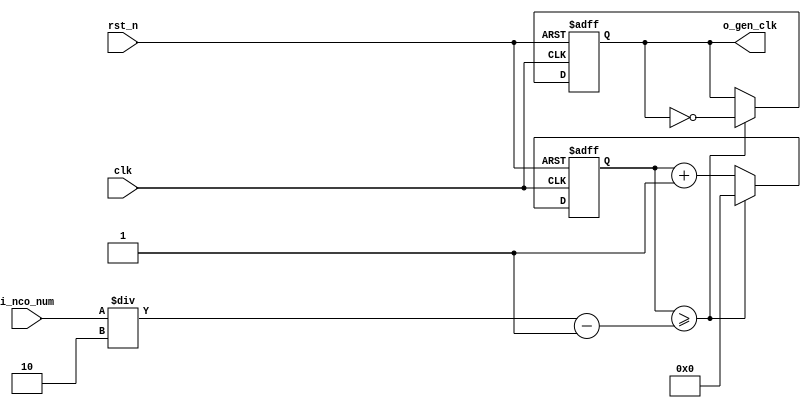
//	==================================================
//	Copyright (c) 2019 Sookmyung Women's University.
//	--------------------------------------------------
//	DEPARTMENT		: EE
//	--------------------------------------------------
//	RELEASE HISTORY
//	--------------------------------------------------
//	VERSION			DATE
//	0.0			2019-11-09
//	--------------------------------------------------
//	PURPOSE			: Digital Clock
//	==================================================

//	--------------------------------------------------
//	Numerical Controlled Oscillator
//	Hz of o_gen_clk = Clock Hz / num
//	--------------------------------------------------
module	nco(	
			o_gen_clk,
			i_nco_num,
			clk,
			rst_n);

output		o_gen_clk		;	// 1Hz CLK

input	[31:0]	i_nco_num	;
input			clk			;	// 50Mhz CLK
input			rst_n		;

reg		[31:0]	cnt			;
reg				o_gen_clk	;

always @(posedge clk or negedge rst_n) begin
	if(rst_n == 1'b0) begin
		cnt			<= 32'd0;
		o_gen_clk	<= 1'd0	;
	end else begin
		if(cnt >= i_nco_num/2-1) begin
			cnt 	<= 32'd0;
			o_gen_clk	<= ~o_gen_clk;
		end else begin
			cnt <= cnt + 1'b1;
		end
	end
end

endmodule

//	--------------------------------------------------
//	Flexible Numerical Display Decoder
//	--------------------------------------------------
module	fnd_dec(
				o_seg,
				i_num);

output	[6:0]	o_seg		;	// {o_seg_a, o_seg_b, ... , o_seg_g}

input	[3:0]	i_num		;
reg		[6:0]	o_seg		;
//making
always @(i_num) begin 
 	case(i_num) 
 		4'd0 : o_seg = 7'b111_1110	; 
 		4'd1 : o_seg = 7'b011_0000	; 
 		4'd2 : o_seg = 7'b110_1101	; 
 		4'd3 : o_seg = 7'b111_1001	; 
 		4'd4 : o_seg = 7'b011_0011	; 
 		4'd5 : o_seg = 7'b101_1011	; 
 		4'd6 : o_seg = 7'b101_1111	; 
 		4'd7 : o_seg = 7'b111_0000	; 
 		4'd8 : o_seg = 7'b111_1111	; 
 		4'd9 : o_seg = 7'b111_0011	; 
		default : o_seg = 7'b000_0000	; 
	endcase 
end


endmodule

//	--------------------------------------------------
//	0~59 --> 2 Separated Segments
//	--------------------------------------------------
module	double_fig_sep(
				o_left,
				o_right,
				i_double_fig);

output	[3:0]	o_left			;
output	[3:0]	o_right			;

input	[5:0]	i_double_fig	;

assign		o_left	= i_double_fig / 10		;
assign		o_right	= i_double_fig % 10		;

endmodule

//	--------------------------------------------------
//	0~59 --> 2 Separated Segments
//	--------------------------------------------------
module	led_disp(
				o_seg,
				o_seg_dp,
				o_seg_enb,
				i_six_digit_seg,
				i_six_dp,
				clk,
				rst_n);

output	[5:0]	o_seg_enb			;
output			o_seg_dp			;
output	[6:0]	o_seg				;

input	[41:0]	i_six_digit_seg		;
input	[5:0]	i_six_dp			;
input			clk					;
input			rst_n				;

wire			gen_clk				;

nco		u_nco(
		.o_gen_clk	( gen_clk	),
		.i_nco_num	( 32'd5000	),
		.clk		( clk		),
		.rst_n		( rst_n		));


reg		[3:0]	cnt_common_node		;

always @(posedge gen_clk or negedge rst_n) begin
	if(rst_n == 1'b0) begin
		cnt_common_node <= 4'd0;
	end else begin
		if(cnt_common_node >= 4'd5) begin
			cnt_common_node <= 4'd0;
		end else begin
			cnt_common_node <= cnt_common_node + 1'b1;
		end
	end
end

reg	[5:0]	o_seg_enb		;

always @(cnt_common_node) begin
	case (cnt_common_node)
		4'd0 : o_seg_enb = 6'b111110;
		4'd1 : o_seg_enb = 6'b111101;
		4'd2 : o_seg_enb = 6'b111011;
		4'd3 : o_seg_enb = 6'b110111;
		4'd4 : o_seg_enb = 6'b101111;
		4'd5 : o_seg_enb = 6'b011111;
	endcase
end

reg			o_seg_dp		;

always @(cnt_common_node) begin
	case (cnt_common_node)
		4'd0 : o_seg_dp = i_six_dp[0];
		4'd1 : o_seg_dp = i_six_dp[1];
		4'd2 : o_seg_dp = i_six_dp[2];
		4'd3 : o_seg_dp = i_six_dp[3];
		4'd4 : o_seg_dp = i_six_dp[4];
		4'd5 : o_seg_dp = i_six_dp[5];
	endcase
end

reg	[6:0]	o_seg			;

always @(cnt_common_node) begin
	case (cnt_common_node)
		4'd0 : o_seg = i_six_digit_seg[6:0];
		4'd1 : o_seg = i_six_digit_seg[13:7];
		4'd2 : o_seg = i_six_digit_seg[20:14];
		4'd3 : o_seg = i_six_digit_seg[27:21];
		4'd4 : o_seg = i_six_digit_seg[34:28];
		4'd5 : o_seg = i_six_digit_seg[41:35];
	endcase
end

endmodule

//	--------------------------------------------------
//	HMS(Hour:Min:Sec) Counter
//	--------------------------------------------------
module	hms_cnt(
				o_hms_cnt,
				o_max_hit,
				i_max_cnt,
				clk,
				rst_n);

output	[5:0]	o_hms_cnt		;
output			o_max_hit		;

input	[5:0]	i_max_cnt		;
input			clk				;
input			rst_n			;

reg		[5:0]	o_hms_cnt		;
reg				o_max_hit		;
always @(posedge clk or negedge rst_n) begin
	if(rst_n == 1'b0) begin
		o_hms_cnt <= 6'd0;
		o_max_hit <= 1'b0;
	end else begin
		if(o_hms_cnt >= i_max_cnt) begin
			o_hms_cnt <= 6'd0;
			o_max_hit <= 1'b1;
		end else begin
			o_hms_cnt <= o_hms_cnt + 1'b1;
			o_max_hit <= 1'b0;
		end
	end
end

endmodule

module  debounce(
				o_sw,
				i_sw,
				clk);
output		o_sw			;

input		i_sw			;
input		clk				;

reg			dly1_sw			;
always @(posedge clk) begin
	dly1_sw <= i_sw;
end

reg		dly2_sw			;
always @(posedge clk) begin
	dly2_sw <= dly1_sw;
end

assign		o_sw = dly1_sw | ~dly2_sw;

endmodule

//	--------------------------------------------------
//	Clock Controller
//	--------------------------------------------------
module	controller(
				o_mode,
				o_position,
				o_sec_clk,
				o_min_clk,
				i_max_hit_sec,
				i_max_hit_min,
				i_sw0,
				i_sw1,
				i_sw2,
				clk,
				rst_n);

output		o_mode				;
output		o_position			;
output		o_sec_clk			;
output		o_min_clk			;

input		i_max_hit_sec		;
input		i_max_hit_min		;

input		i_sw0				;
input		i_sw1				;
input		i_sw2				;

input		clk					;
input		rst_n				;

parameter	MODE_CLOCK = 1'b0	;
parameter	MODE_SETUP = 1'b1	;

parameter	POS_SEC	= 1'b0		;
parameter	POS_MIN	= 1'b1		;

wire		clk_100hz			;
nco			u0_nco(
			.o_gen_clk		( clk_100hz		),
			.i_nco_num		( 32'd500000	),
			.clk			( clk			),
			.rst_n			( rst_n			));

wire		sw0					;
debounce	u0_debounce(
			.o_sw			( sw0		),
			.i_sw			( i_sw0		),
			.clk			( clk_100hz	));

wire		sw1				;
debounce	u1_debounce(
			.o_sw			( sw1		),
			.i_sw			( i_sw1		),
			.clk			( clk_100hz	));

wire		sw2				;
debounce	u2_debounce(
			.o_sw			( sw2		),
			.i_sw			( i_sw2		),
			.clk			( clk_100hz	));

reg		o_mode				;
always @(posedge sw0 or negedge rst_n) begin
	if(rst_n == 1'b0) begin
		o_mode <= MODE_CLOCK;
	end else begin
		o_mode <= o_mode + 1'b1;
	end
end

reg		o_position			;
always @(posedge sw1 or negedge rst_n) begin
	if(rst_n == 1'b0) begin
		o_position <= POS_SEC;
	end else begin
		o_position <= o_position + 1'b1;
	end
end

wire		clk_1hz			;
nco			u1_nco(
			.o_gen_clk	( clk_1hz	),
			.i_nco_num	( 32'd50000000	),
			.clk		( clk		),
			.rst_n		( rst_n		));

reg			o_sec_clk			;
reg			o_min_clk			;
always @(*) begin
	case(o_mode)
		MODE_CLOCK : begin
			o_sec_clk = clk_1hz;
			o_min_clk = i_max_hit_sec;
		end
		MODE_SETUP : begin
			case(o_position)
				POS_SEC : begin
					o_sec_clk = ~sw2;
					o_min_clk = 1'b0;
				end
				POS_MIN : begin
					o_sec_clk = 1'b0;
					o_min_clk = ~sw2;
				end
			endcase
		end
	endcase
end

endmodule

//	--------------------------------------------------
//	HMS(Hour:Min:Sec) Counter
//	--------------------------------------------------
module	minsec(	o_sec,
				o_min,
				o_max_hit_sec,
				o_max_hit_min,
				i_sec_clk,
				i_min_clk,
				clk,
				rst_n);

output	[5:0]	o_sec			;
output	[5:0]	o_min			;
output			o_max_hit_sec	;
output			o_max_hit_min	;

input			i_sec_clk		;
input			i_min_clk		;

input			clk				;
input			rst_n			;

hms_cnt			u0_hms_cnt(
				.o_hms_cnt	( o_sec			),
				.o_max_hit	( o_max_hit_sec	),
				.i_max_cnt	( 6'd59			),
				.clk		( i_sec_clk		),
				.rst_n		( rst_n			));

hms_cnt			u1_hms_cnt(
				.o_hms_cnt	( o_min			),
				.o_max_hit	( o_max_hit_min	),
				.i_max_cnt	( 6'd59			),
				.clk		( i_min_clk		),
				.rst_n		( rst_n			));

endmodule

module	top_hms_clock(
				o_seg_enb,
				o_seg_dp,
				o_seg,
				i_sw0,
				i_sw1,
				i_sw2,
				clk,
				rst_n);

output	[5:0]	o_seg_enb	;
output		o_seg_dp	;
output	[6:0]	o_seg		;

input		i_sw0		;
input		i_sw1		;
input		i_sw2		;
input		clk			;
input		rst_n		;

wire		max_hit_sec	;
wire		max_hit_min	;
wire		min_clk		;
wire		sec_clk		;
controller	u_cont(
				.i_sw0			(i_sw0		),
				.i_sw1			(i_sw1		),
				.i_sw2			(i_sw2		),
				.clk			(clk		),
				.rst_n			(rst_n		),
				.i_max_hit_sec		(max_hit_sec	),		
				.i_max_hit_min		(max_hit_min	),
				.o_min_clk		(min_clk	),
				.o_sec_clk		(sec_clk	),
				.o_mode			(		),
				.o_position		(		));

wire		[5:0]		sec	;
wire		[5:0]		min	;
minsec			u_mins(
				.i_min_clk		(min_clk	),
				.i_sec_clk		(sec_clk	),
				.rst_n			(rst_n		),
				.clk			(clk		),
				.o_max_hit_min		(max_hit_min),
				.o_max_hit_sec		(max_hit_sec),
				.o_min			(min		),
				.o_sec			(sec		));

wire		[3:0]	left	;
wire		[3:0]	right	;
double_fig_sep	u_double01(
				.o_left			(left		),
				.o_right		(right		),
				.i_double_fig		(sec		));

wire	[6:0]	seg_left	;
fnd_dec		u_fnd_left01(
				.o_seg			(seg_left	),
				.i_num			(left		));


wire	[6:0]	seg_right	;
fnd_dec		u_fnd_right01(
				.o_seg			(seg_right	),
				.i_num			(right		));

wire	[3:0]	left1		;
wire	[3:0]	right1		;
double_fig_sep	u_double02(
				.o_left			(left1		),
				.o_right		(right1		),
				.i_double_fig	(min		));

wire	[6:0]	seg_left1	;
fnd_dec		u_fnd_left02(
				.o_seg			(seg_left1	),
				.i_num			(left1		));


wire	[6:0]	seg_right1	;
fnd_dec		u_fnd_right02(
				.o_seg			(seg_right1	),
				.i_num			(right1		));


wire [41:0] six_digit_seg	;
assign six_digit_seg = { seg_left1, seg_right1, seg_left, seg_right };
led_disp	u_led(
				.o_seg			(o_seg		),
				.o_seg_dp		(o_seg_dp	),
				.o_seg_enb		(o_seg_enb	),
				.i_six_digit_seg	(six_digit_seg	),
				.i_six_dp		(6'h0		),	
				.clk			(clk		),
				.rst_n			(rst_n		));


endmodule